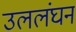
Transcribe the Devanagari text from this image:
उललंघन